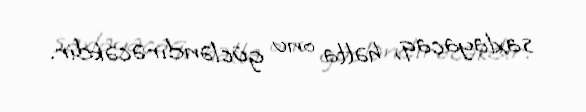
saxlayacaq, hətta onu gücləndirəcəkdir.